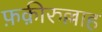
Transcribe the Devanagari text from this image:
फ़क़ीरुल्लाह